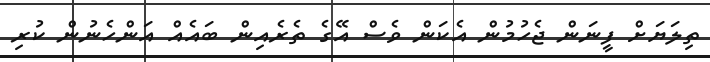
ތިލަޔަށް ފީނަން ޖެހުމުން އެކަން ވެސް އޭގެ ތެރެއިން ބައެއް އަންހެނުން ކުރި